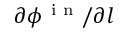
\partial \phi ^ { \mathrm { ~ i ~ n ~ } } / \partial l